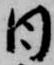
日